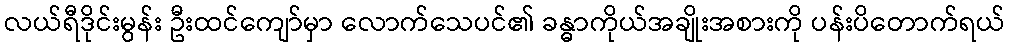
လယ်ရီဒိုင်းမွန်း ဦးထင်ကျော်မှာ လောက်သေပင်၏ ခန္ဓာကိုယ်အချိုးအစားကို ပန်းပိတောက်ရယ်